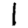
Digit: 1